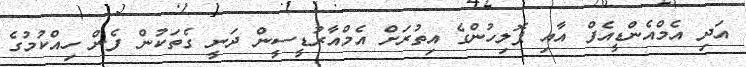
އަދި އެމްއެންޑީއެފް އާއި ޕޮލިހުންގެ އިތުރަށް އެމްއާރުޑީސީން ދަނީ ގެތަކުން ފެން ހިއްކުމުގެ